Annual report on the Civil Veterinary Department, Burma (including the Insein Veterinary School) - 1932-1941
Year: 1932
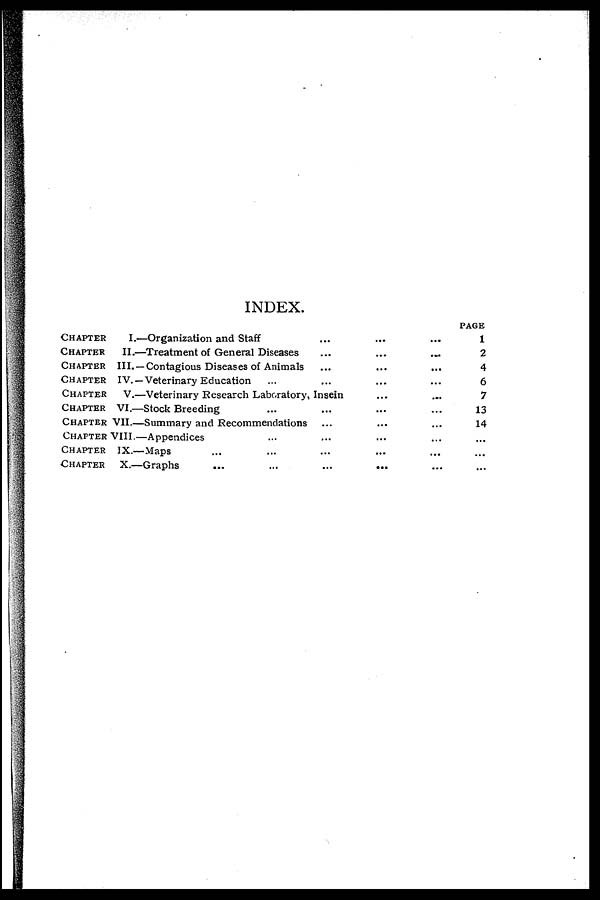
INDEX.
CHAPTER
I.—Organization and Staff
CHAPTER
II.—Treatment of General Diseases
CHAPTER
III.—Contagious Diseases of Animals
CHAPTER
IV.—Veterinary Education ...
...
...
...
...
CHAPTER
V.—Veterinary Research Laboratory, Insein
CHAPTERVI.—Stock Breeding ...
CHAPTER VII.—Summary and Recommendations
CHAPTERVIII.—Appendices ...
CHAPTER
IX.—Maps ... ...
CHAPTER
X.—Graphs ... ...
...
...
...
...
...
...
...
...
...
...
...
...
...
...
...
...
....
...
...
...
...
...
...
...
...
PAGE
1
2
4
6
7
13
14
...
...
...